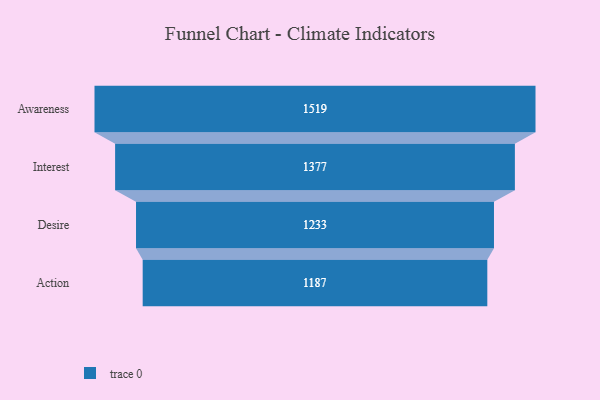
{"axis": {"x": "Stage", "y": "Value"}, "legend": [""], "data": [{"x": "Awareness", "y": 1519.0, "type": ""}, {"x": "Interest", "y": 1377.0, "type": ""}, {"x": "Desire", "y": 1233.0, "type": ""}, {"x": "Action", "y": 1187.0, "type": ""}]}